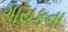
ગાયકના